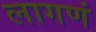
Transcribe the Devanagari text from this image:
लागणं